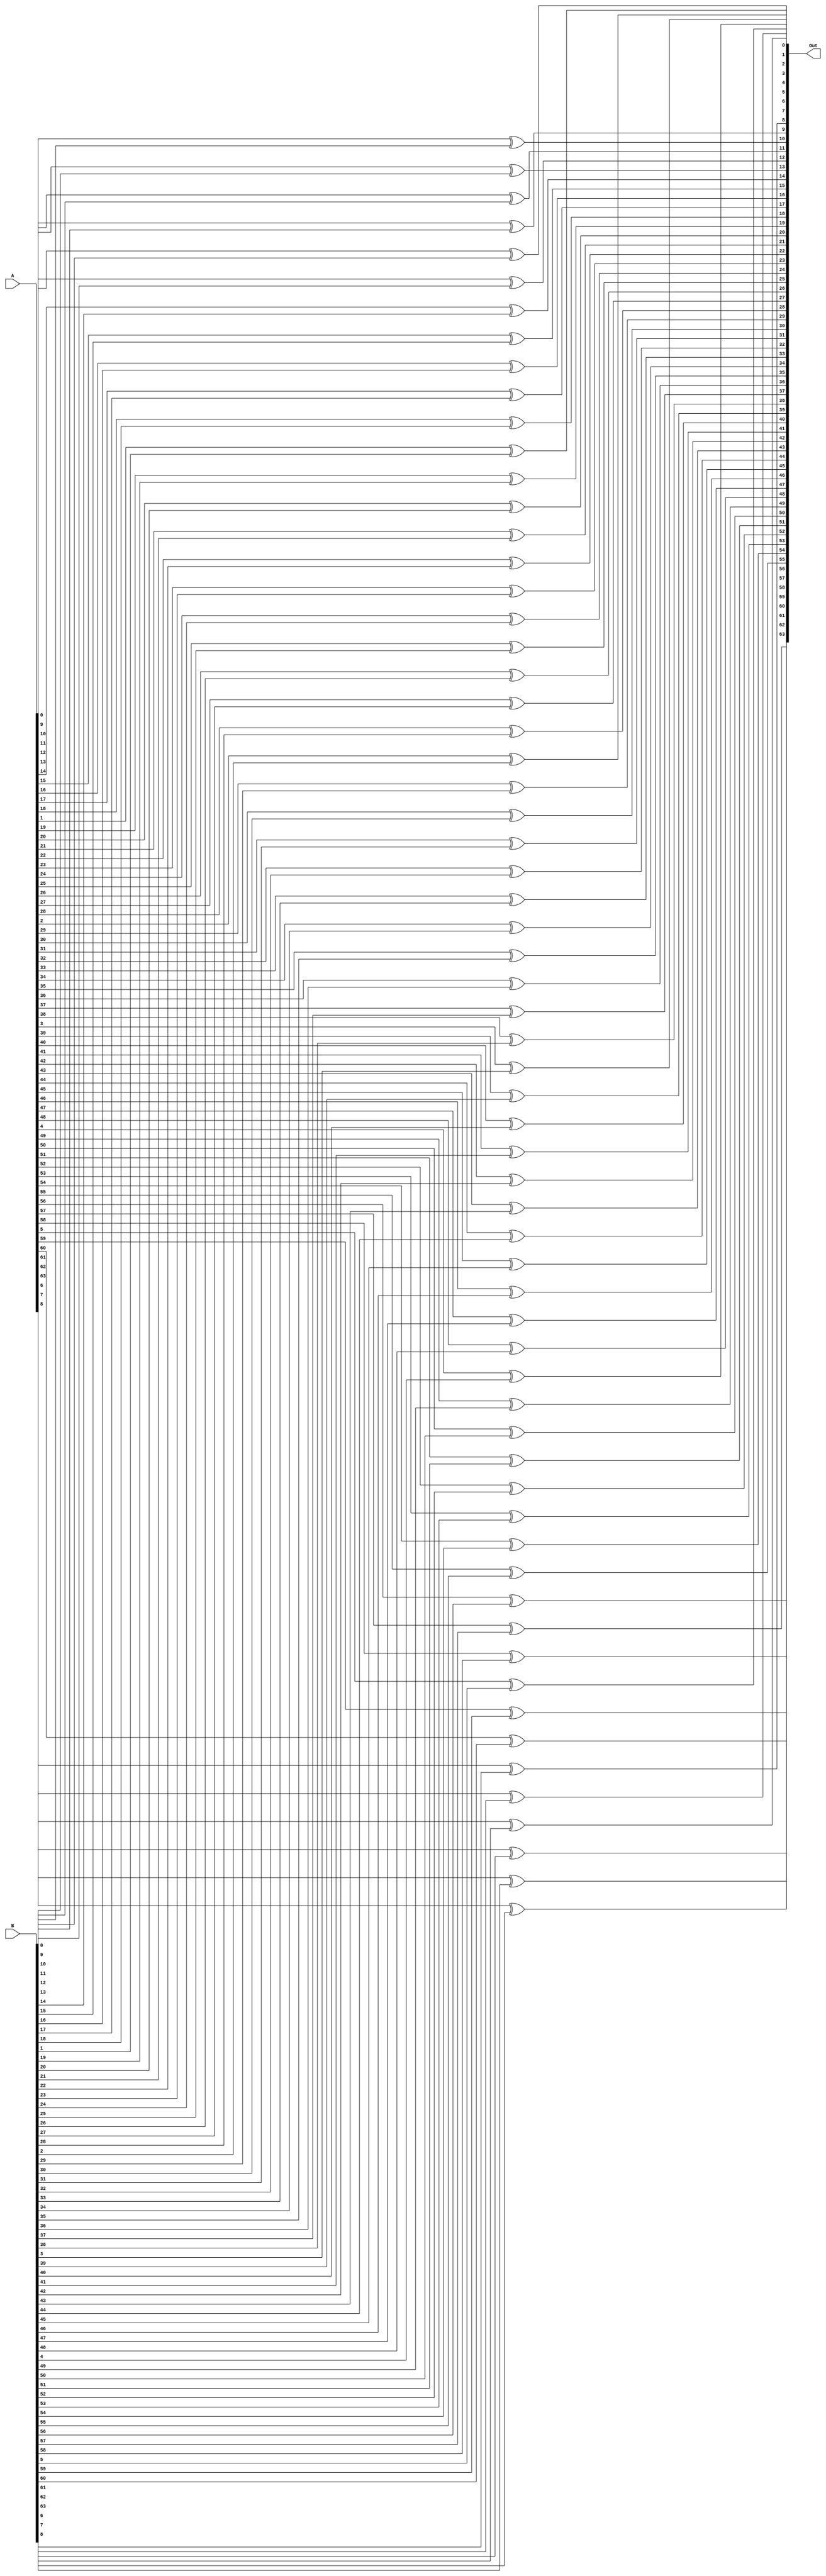
module Xor_64(
    output [63:0] Out,
    input [63:0] A,
    input [63:0] B
);

  genvar i;

generate
    for(i = 0; i < 64; i=i+1) begin
        xor X1(Out[i],A[i],B[i]);
    end
endgenerate

endmodule